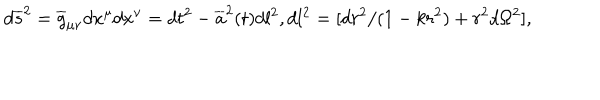
LaTeX: d \overline { { { s } } } ^ { 2 } = \overline { { { g } } } _ { \mu \nu } d x ^ { \mu } d x ^ { \nu } = d t ^ { 2 } - \overline { { { a } } } ^ { 2 } ( t ) d l ^ { 2 } , d l ^ { 2 } = [ d r ^ { 2 } / ( 1 - k r ^ { 2 } ) + r ^ { 2 } d \Omega ^ { 2 } ] ,